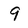
Character: 9